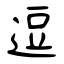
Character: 逗